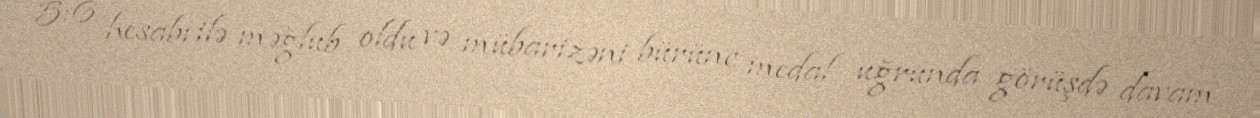
5:6 hesabı ilə məğlub oldu və mübarizəni bürünc medal uğrunda görüşdə davam